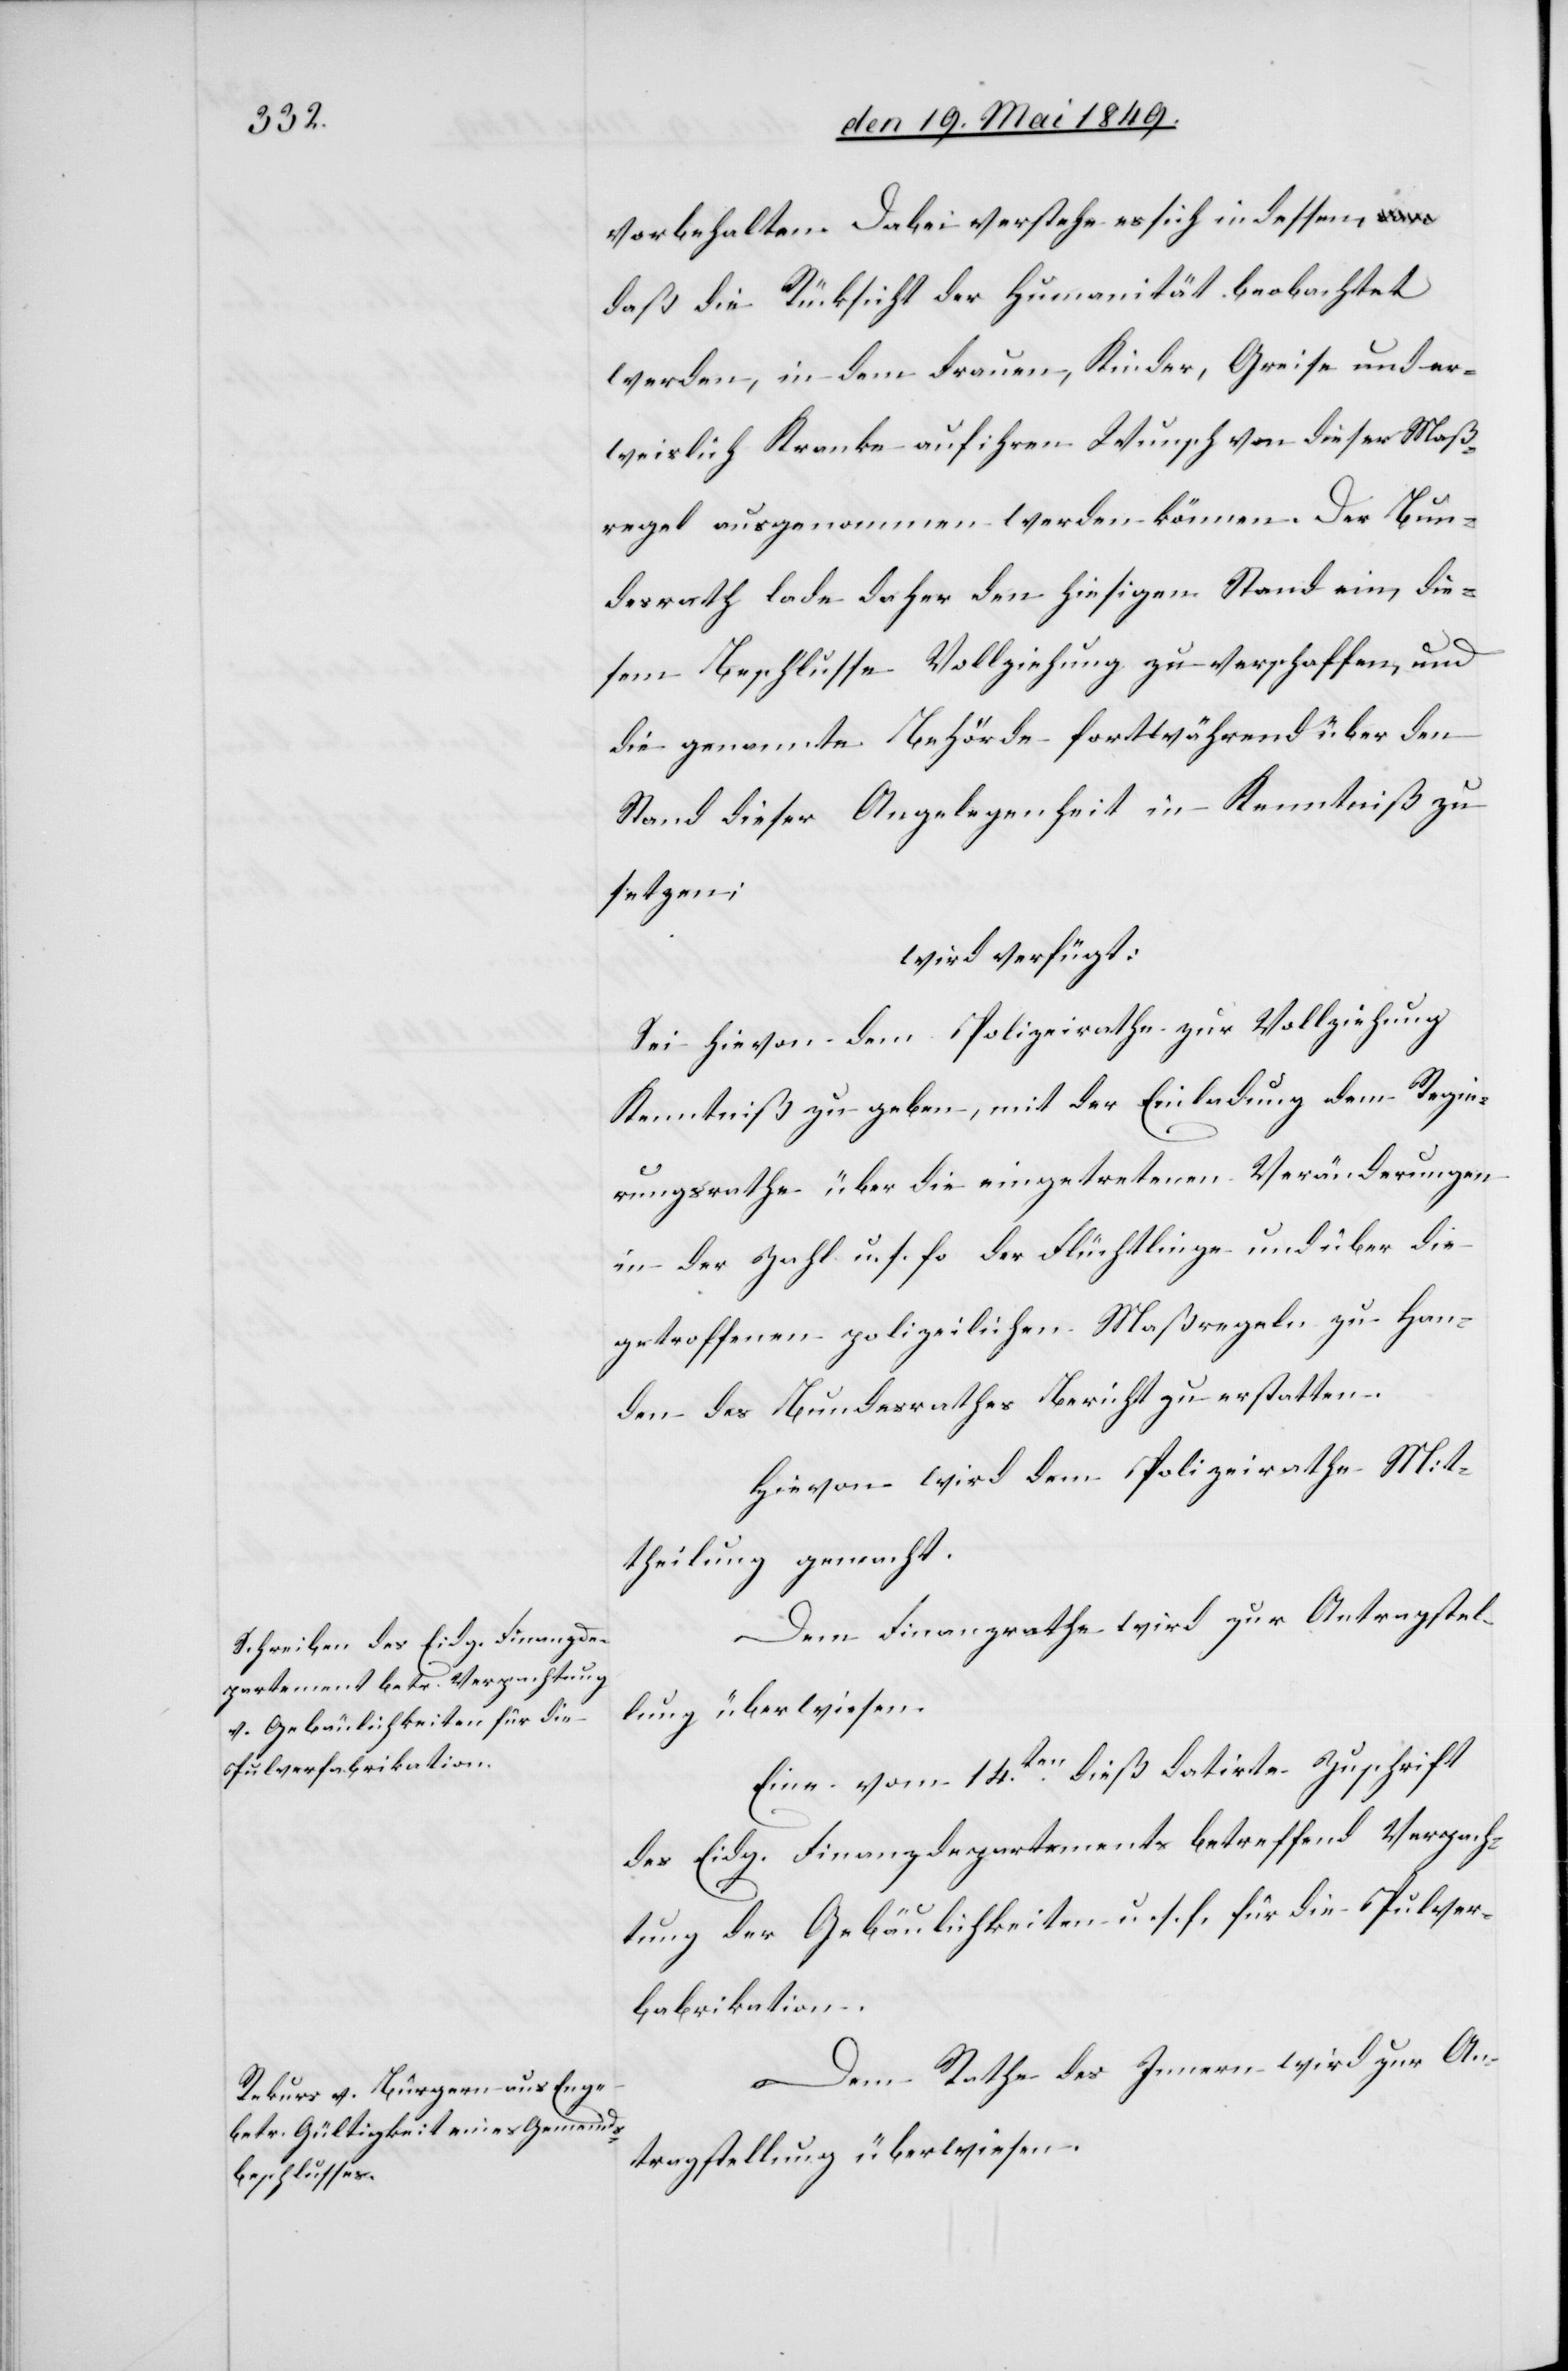
den 20. Mai 1849.]
vorbehalten. Dabei verstehe es sich indessen,
daß die Rücksicht der Humanität beobachtet
werden, in dem Frauen, Kinder, Greise und er¬
weislich Kranke auf ihren Wunsch von dieser Maß¬
regel ausgenommen werden können. Der Bun¬
desrath lade daher den hiesigen Stand ein, die¬
sem Beschlusse Vollziehung zu verschaffen, und
die genannten Behörde fortwährend über den
Stand dieser Angelegenheit in Kenntniß zu
setzen;
wird verfügt:
Sei hievon dem Polizeirathe zur Vollziehung
Regie¬
Kenntniß zu geben, mit der Einladung dem
rungsrath über die eingetretenen Veränderungen
in der Zahl u. s. f. der Flüchtlinge und über die
getroffenen polizeilichen Maßregeln zu Han¬
den des Bundesrathes Bericht zu erstatten.
Hievon wird dem Polizeirathe Mit¬
theilung gemacht.
Dem Finanzrathe wird zur Antragstel¬
lung überwiesen.
Eine vom 14ten dieß datirte Zuschrift
des Eidg. Finanzdepartements betreffend Verpach¬
tung der Gebäulichkeiten u. s. f. für die Pulver¬
babrikation
Dem Rathe des Innern wird zur An¬
tragstellung überwiesen.